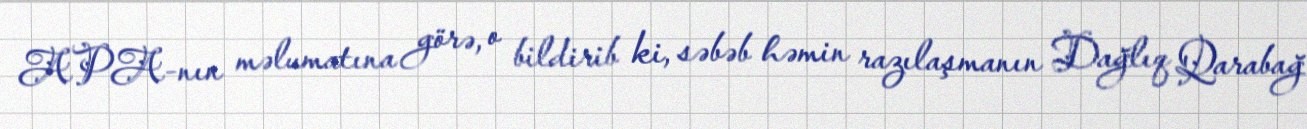
APA-nın məlumatına görə, o bildirib ki, səbəb həmin razılaşmanın Dağlıq Qarabağ